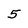
Character: 5